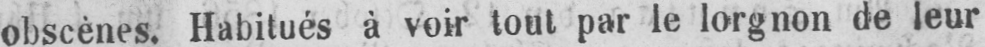
obscènes. Habitués à voir tout par le lorgnon de leur